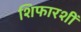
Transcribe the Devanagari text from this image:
शिफारशीं